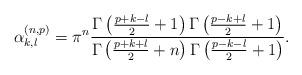
LaTeX: \begin{align*} \alpha_{k,l}^{(n,p)} = \pi^n\frac{\Gamma\left(\frac{p+k-l}{2}+1\right)\Gamma\left(\frac{p-k+l}{2}+1\right)}{\Gamma\left(\frac{p+k+l}{2}+n\right)\Gamma\left(\frac{p-k-l}{2}+1\right)}. \end{align*}